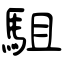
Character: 駔